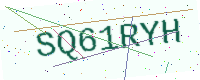
Text: SQ61RYH